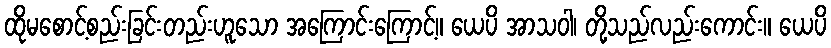
ထိုမစောင့်စည်းခြင်းတည်းဟူသော အကြောင်းကြောင့်။ ယေပိ အာသဝါ၊ တို့သည်လည်းကောင်း။ ယေပိ